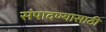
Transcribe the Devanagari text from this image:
संपादण्यासाठी